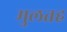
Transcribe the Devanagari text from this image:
मुलतह